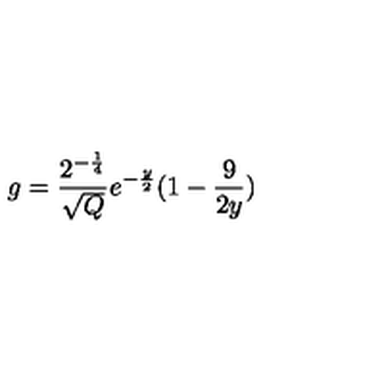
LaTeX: g = \frac { 2 ^ { - \frac { 1 } { 4 } } } { \sqrt { Q } } e ^ { - \frac { y } { 2 } } ( 1 - \frac { 9 } { 2 y } )